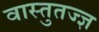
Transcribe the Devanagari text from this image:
वास्तुतज्ज्ञ